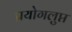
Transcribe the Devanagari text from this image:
प्रयोगलुप्त